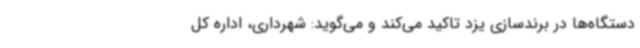
دستگاه‌ها در برندسازی یزد تاکید می‌کند و می‌گوید: شهرداری، اداره کل